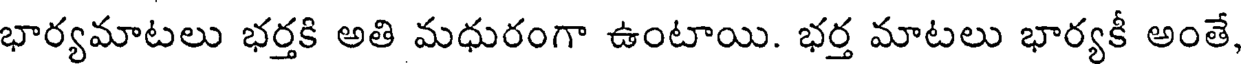
భార్యమాటలు భర్తకి అతి మధురంగా ఉంటాయి. భర్త మాటలు భార్యకీ అంతే